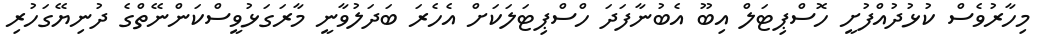
މިހާރުވެސް ކުޅުދުއްފުށީ ހޮސްޕިޓަލް އިބޫ އެބުނާފަދަ ހްސްޕިޓަލަކަށް އެހެރަ ބަދަލުވާނީ މާރަގަޅުވީސްކަންނޭތްގެ ދުނިޔޭގަހުރި